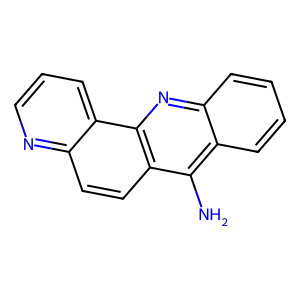
SMILES: Nc1c2ccccc2nc2c1ccc1ncccc12
Inhibits HIV replication: No